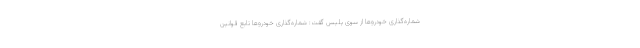
شماره‌گذاری خودروها از سوی پلیس گفت: شماره‌گذاری خودروها تابع قوانین